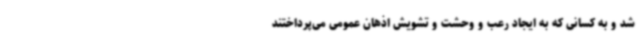
شد و به کسانی که به ایجاد رعب و وحشت و تشویش اذهان عمومی می‌پرداختند